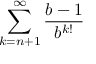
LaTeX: \sum _ { k = n + 1 } ^ { \infty } { \frac { b - 1 } { b ^ { k ! } } }